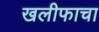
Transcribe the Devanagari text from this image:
खलीफाचा